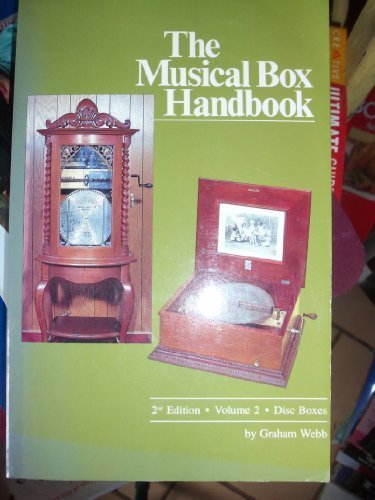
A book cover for The Musical Box Handbook: Disc Boxes / Vol 2; Graham Webb; Crafts, Hobbies & Home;